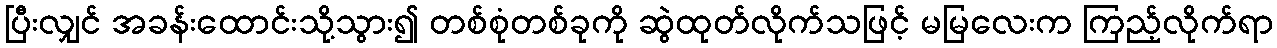
ပြီးလျှင် အခန်းထောင်းသို့သွား၍ တစ်စုံတစ်ခုကို ဆွဲထုတ်လိုက်သဖြင့် မမြလေးက ကြည့်လိုက်ရာ